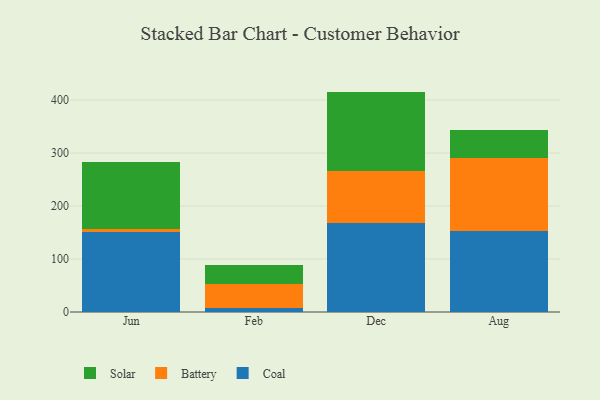
{"axis": {"x": "Month", "y": "Revenue (USD Million)"}, "legend": ["Battery", "Coal", "Solar"], "data": [{"x": "Jun", "y": 150.2, "type": "Coal"}, {"x": "Jun", "y": 7.2, "type": "Battery"}, {"x": "Jun", "y": 126.0, "type": "Solar"}, {"x": "Feb", "y": 8.5, "type": "Coal"}, {"x": "Feb", "y": 44.7, "type": "Battery"}, {"x": "Feb", "y": 34.7, "type": "Solar"}, {"x": "Dec", "y": 167.5, "type": "Coal"}, {"x": "Dec", "y": 99.1, "type": "Battery"}, {"x": "Dec", "y": 149.4, "type": "Solar"}, {"x": "Aug", "y": 152.8, "type": "Coal"}, {"x": "Aug", "y": 137.6, "type": "Battery"}, {"x": "Aug", "y": 53.7, "type": "Solar"}]}